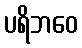
ပရိဘဝေ